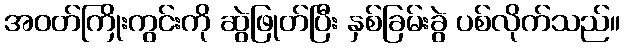
အဝတ်ကြိုးကွင်းကို ဆွဲဖြုတ်ပြီး နှစ်ခြမ်းခွဲ ပစ်လိုက်သည်။